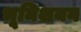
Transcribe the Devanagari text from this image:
भूमिशयन